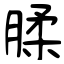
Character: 腬